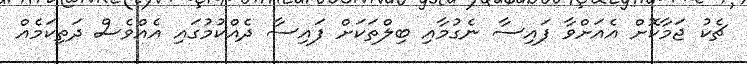
ޗެކު ޖަމާކޮށް އެއަށްވާ ފައިސާ ނެގުމާއި ބިލްތަކަށް ފައިސާ ދެއްކުމުގައި އެއްވެސް ދަތިކަމެއް